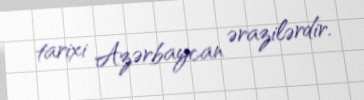
tarixi Azərbaycan ərazilərdir.